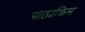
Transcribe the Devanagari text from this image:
पाठ्यक्रिम